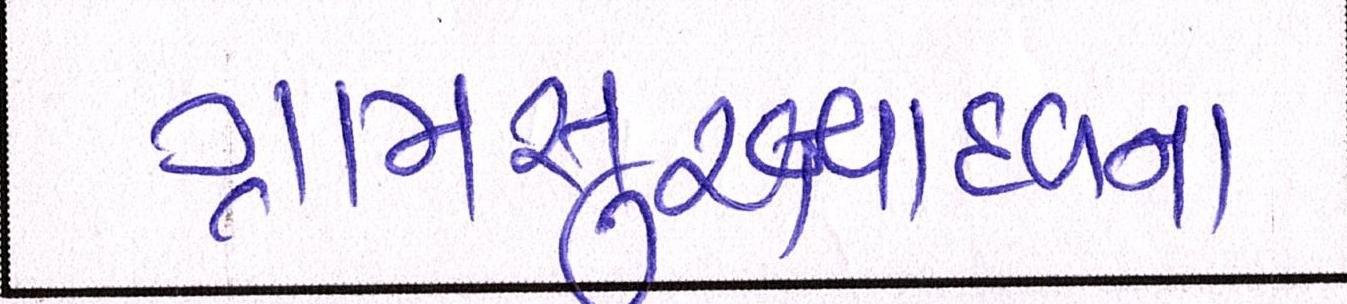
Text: ગ્રામસુરક્ષાદળના